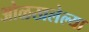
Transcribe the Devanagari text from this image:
ओळखलेल्या